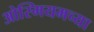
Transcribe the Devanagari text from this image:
ओस्मियमच्या